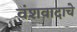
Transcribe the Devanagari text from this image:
वंशवादाचे